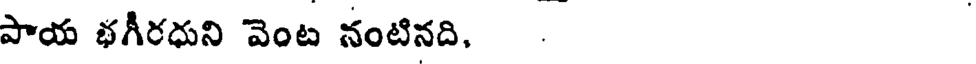
పాయ భగీరధుని వెంట నంటినది, .